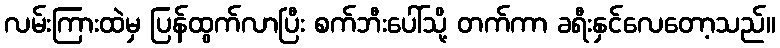
လမ်းကြားထဲမှ ပြန်ထွက်လာပြီး စက်ဘီးပေါ်သို့ တက်ကာ ခရီးနှင်လေတော့သည်။